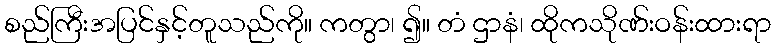
စည်ကြီးအပြင်နှင့်တူသည်ကို။ ကတွာ၊ ၍။ တံ ဌာနံ၊ ထိုကသိုဏ်းဝန်းထားရာ